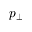
p _ { \bot }